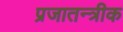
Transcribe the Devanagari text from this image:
प्रजातन्त्रीक